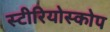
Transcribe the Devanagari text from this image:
स्टीरियोस्कोप